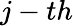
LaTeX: j-th